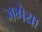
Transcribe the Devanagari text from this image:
जगैया